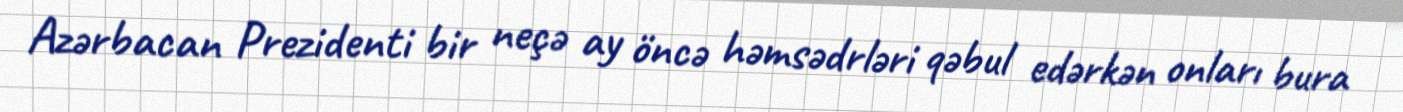
Azərbacan Prezidenti bir neçə ay öncə həmsədrləri qəbul edərkən onları bura